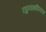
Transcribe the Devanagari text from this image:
रघुनाथविलास